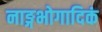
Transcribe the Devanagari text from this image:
नाङ्गभोगादिकं